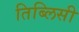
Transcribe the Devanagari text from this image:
तिब्लिसी